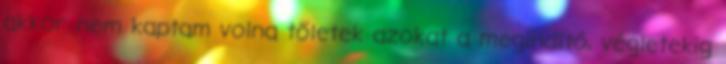
akkor nem kaptam volna tőletek azokat a megindító, végletekig